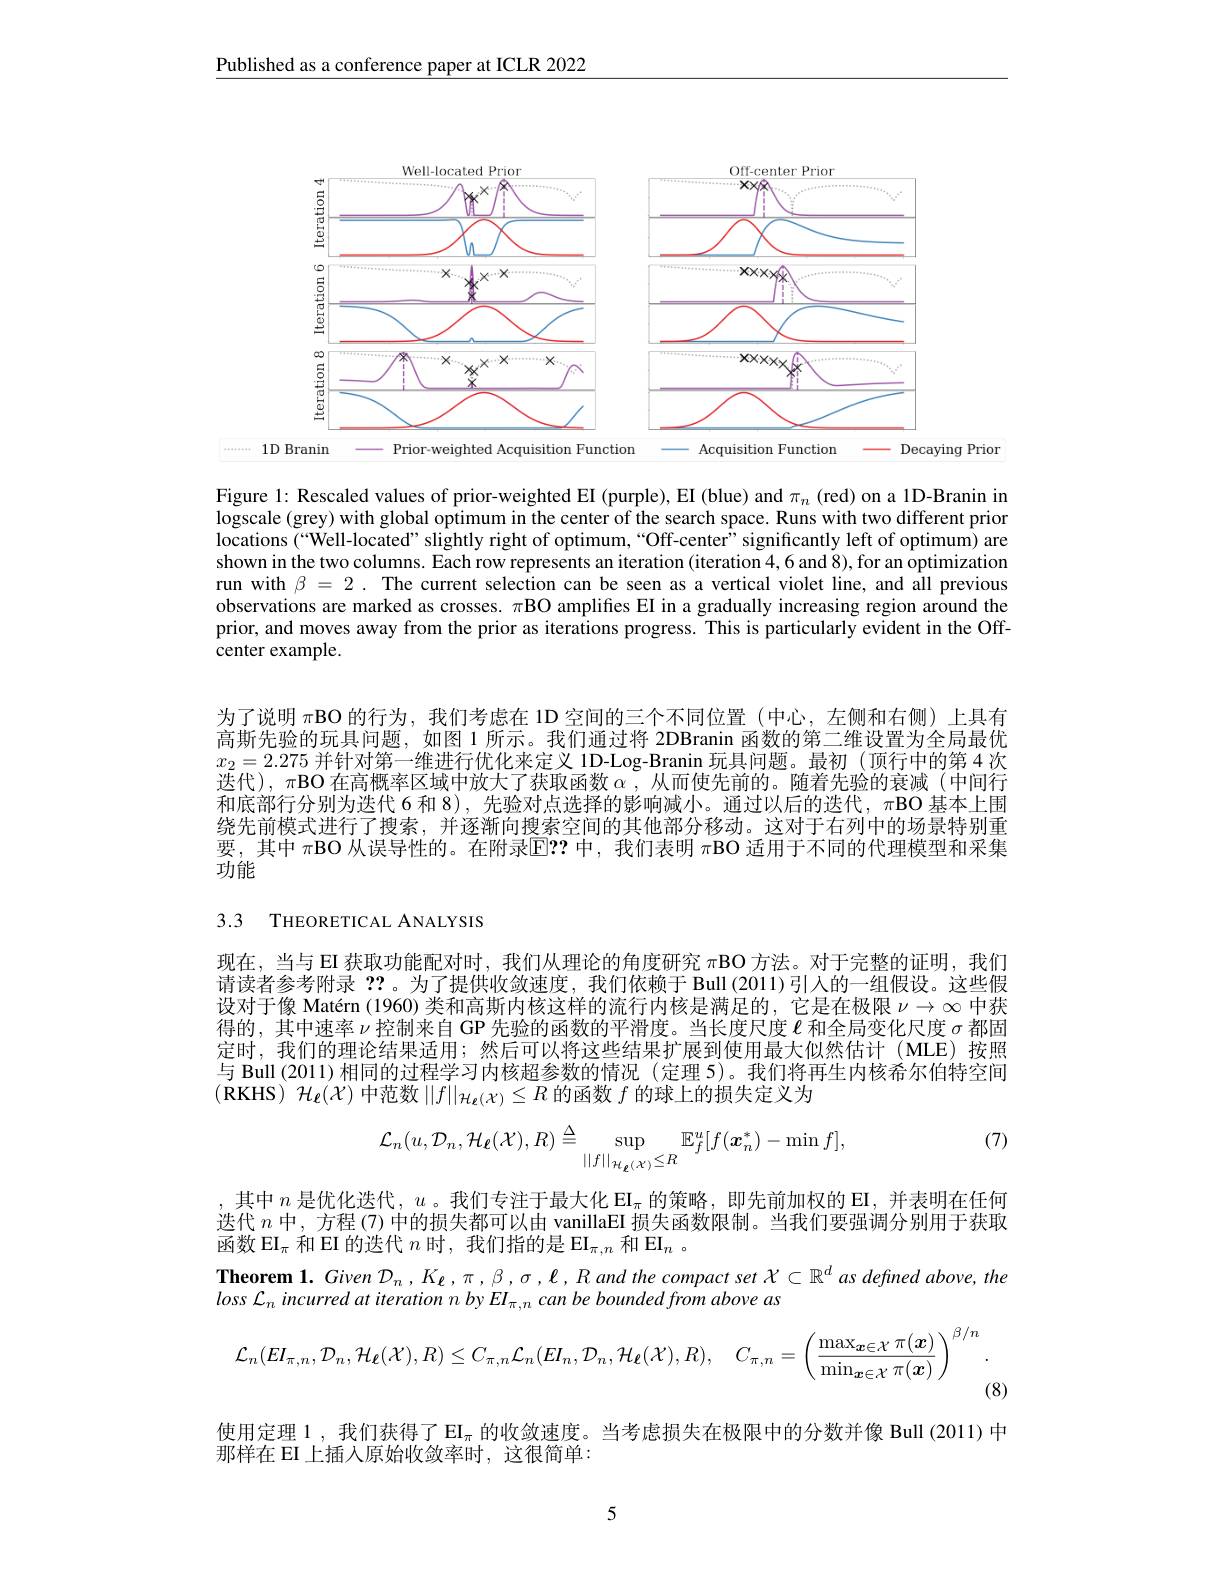
Published as a conference paper at ICLR 2022

<FigureHere>

Prior

Figure 1: Rescaled values of prior-weighted EI (purple), EI (blue) and $\pi_n$ (red) on a 1D-Branin in logscale (grey) with global optimum in the center of the search space. Runs with two different prior locations (“Well-located”slightly right of optimum,“Off-center”significantly left of optimum) are shown in the two columns. Each row represents an iteration (iteration 4,6 and 8), for an optimization run with $\beta=2.$ The current selection can be seen as a vertical violet line, and all previous observations are marked as crosses. $\pi$BO amplifies EI in a gradually increasing region around the prior, and moves away from the prior as iterations progress. This is particularly evident in the Offcenter example.

为了说明$\pi$BO 的行为，我们考虑在 ID 空间的三个不同位置(中心，左侧和右侧)上具有高斯先验的玩具问题，如图 1 所示。我们通过将 2DBranin 函数的第二维设置为全局最优$x_2=2.275$并针对第一维进行优化来定义 1D-Log-Branin 玩具问题。最初(顶行中的第4次$\tilde{\text{迭代),}\pi\text{BO 在高概率区域中放大了获取函数 }\alpha}$,从而使先前的。随着先验的衰减(中间行和底部行分别为迭代 6 和 8),先验对点选择的影响减小。通过以后的迭代，πBO 基本上围绕先前模式进行了搜索，并逐渐向搜索空间的其他部分移动。这对于右列中的场景特别重要，其中$\pi$BO 从误导性的。在附录$\mathbb{E}??$中，我们表明$\pi$BO 适用于不同的代理模型和采集$\bar{\text{功能}}$

3.3 THEORETICAL ANALYSIS

现在，当与 EI 获取功能配对时，我们从理论的角度研究$\pi$BO 方法。对于完整的证明，我们请读者参考附录？?。为了提供收敛速度，我们依赖于 Bull (2011)引人的一组假设。这些假设对于像 Matérn (1960) 类和高斯内核这样的流行内核是满足的，它是在极限$\nu\to\infty$中获得的，其中速率$\nu$控制来自 GP 先验的函数的平滑度。当长度尺度$\ell$和全局变化尺度$\sigma$都固定时、我们的理论结果适用；然后可以将这些结果扩展到使用最大似然估计(MLE)按照与 Bull (2011)相同的过程学习内核超参数的情况 (定理 5)。我们将再生内核希尔伯特空间(RKHS) $\mathcal{H}_\ell(\mathcal{X})$中范数$||f||_{\mathcal{H}_\ell(\mathcal{X})}\leq R$的函数$f$的球上的损失定义为

(7)
$$\mathcal{L}_{n}(u,\mathcal{D}_{n},\mathcal{H}_{\ell}(\mathcal{X}),R)\stackrel{\Delta}{=}\sup_{||f||_{\mathcal{H}_{\ell}(\mathcal{X})}\leq R}\mathbb{E}_{f}^{u}[f(\boldsymbol{x}_{n}^{*})-\operatorname*{min}f],$$
其中$n$是优化迭代，$u\text{。我们专注于最大化 EI}_\pi$的策略，即先前加权的 EI,并表明在任何迭代$n$中，方程 (7) 中的损失都可以由 vanillaEI 损失函数限制。当我们要强调分别用于获取函数$\operatorname{EI}_\pi$和 EI 的迭代$n$时，我们指的是$\operatorname{EI}_\pi,n$和$\operatorname{EI}_n$ 。
Theorem $1.Given\mathcal{D}_n,K_\ell,\pi,\beta,\sigma,\ell,Rand$ the compact set $\mathcal{X}\subset\mathbb{R}^d$ as defined above, the

$loss~\mathcal{L}_n~incurred~at~iteration~n~by~EI_{\pi,n}~can~be~bounded~from~above~as$
$$\mathcal{L}_{n}(EI_{\pi,n},\mathcal{D}_{n},\mathcal{H}_{\boldsymbol{\ell}}(\mathcal{X}),R)\leq C_{\pi,n}\mathcal{L}_{n}(EI_{n},\mathcal{D}_{n},\mathcal{H}_{\boldsymbol{\ell}}(\mathcal{X}),R),\quad C_{\pi,n}=\left(\frac{\max_{\boldsymbol{x}\in\mathcal{X}}\pi(\boldsymbol{x})}{\min_{\boldsymbol{x}\in\mathcal{X}}\pi(\boldsymbol{x})}\right)^{\beta/n}.$$
(8)
使用定理 1 , 我们获得了$\mathrm{EI}_{\pi}$的收敛速度。当考虑损失在极限中的分数并像 Bull (2011) 中
那样在 EI 上插入原始收敛率时，这很简单：

5